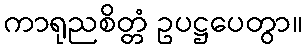
ကာရုညစိတ္တံ ဥပဋ္ဌပေတွာ။